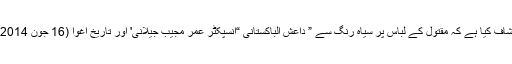
سرکاری ذرائع نے انکشاف کیا ہے کہ مقتول کے لباس پر سیاہ رنگ سے ” داعش الباکستانی “انسپکٹر عمر مجیب جیلانی' اور تاریخ اغوا (16 جون 2014)کے الفاظ تحریر تھے۔